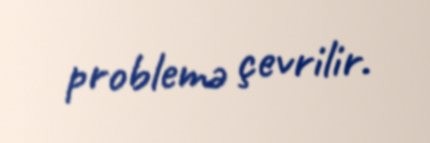
problemə çevrilir.